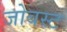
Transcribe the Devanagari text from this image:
जोबस्ट